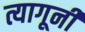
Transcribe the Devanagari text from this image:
त्यागूनी